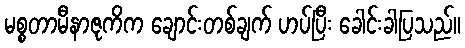
မစ္စတာမီနာဇုကိက ချောင်းတစ်ချက် ဟပ်ပြီး ခေါင်းခါပြသည်။